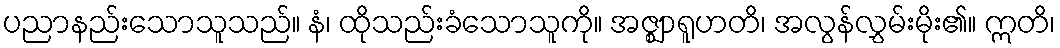
ပညာနည်းသောသူသည်။ နံ၊ ထိုသည်းခံသောသူကို။ အဇ္ဈာရူဟတိ၊ အလွန်လွှမ်းမိုး၏။ ဣတိ၊